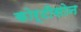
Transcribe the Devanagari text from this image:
कोर्टीसोन